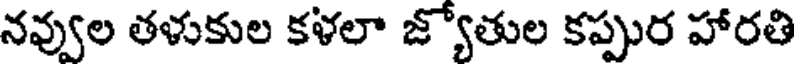
నవ్వుల తళుకుల కళలా జ్యోతుల కప్పుర హారతి